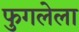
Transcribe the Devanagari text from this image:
फुगलेला